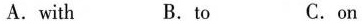
A.with B.to C.on